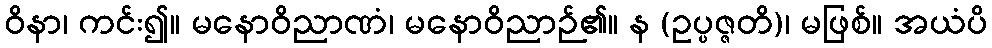
ဝိနာ၊ ကင်း၍။ မနောဝိညာဏံ၊ မနောဝိညာဉ်၏။ န (ဥပ္ပဇ္ဇတိ)၊ မဖြစ်။ အယံပိ